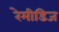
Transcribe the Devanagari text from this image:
रेमीडिज